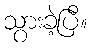
သွားခဲ့ပြီ။